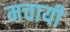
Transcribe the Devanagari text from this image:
मचायी